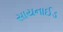
સાયનાઈડ